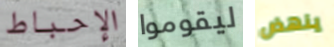
الإحباط ليقوموا ينهض